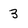
Character: 3